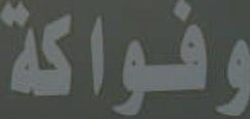
وفواكة